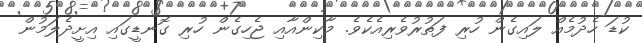
ކުޑަ ހެދުމެއް ލައިގެން ހުރި ފަތުރުވެރިއެކެވެ. މާކިންއާއި ޖެހިގެން ހުރި ގޮނޑީގައި އިށީދެލަމުން